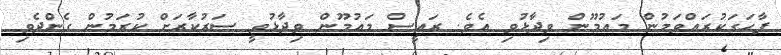
ފާހަގަކުރައްވަމުން މައުމޫން ވިދާޅުވި އެވެ. ރައީސް މައުމޫން ވިދާޅުވީ ސަރުކާރަށް ކުރަމުން ގެންދެވި